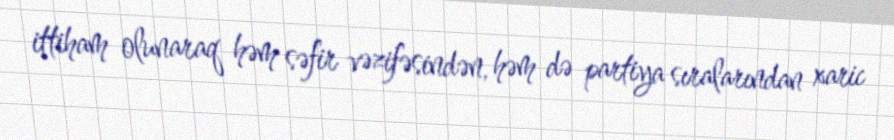
ittiham olunaraq həm səfir vəzifəsindən, həm də partiya sıralarından xaric